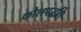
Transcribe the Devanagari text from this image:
कोशपद्धति